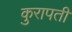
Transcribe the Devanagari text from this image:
कुरापती